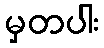
မှတပါး